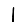
Digit: 1